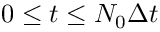
0 \leq t \leq N _ { 0 } \Delta t